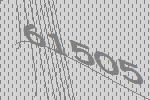
61505